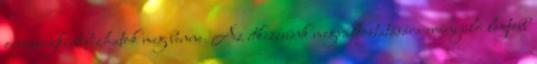
orvosságként bízhatok meg benne. Az étkezésünk megváltoztatására irányuló legtöbb